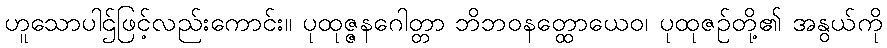
ဟူသောပါဌ်ဖြင့်လည်းကောင်း။ ပုထုဇ္ဇနဂေါတ္တာ ဘိဘဝနတ္ထောယေဝ၊ ပုထုဇဉ်တို့၏ အနွယ်ကို